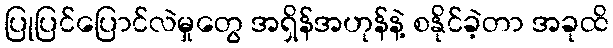
ပြုပြင်ပြောင်လဲမှုတွေ အရှိန်အဟုန်နဲ့ စနိုင်ခဲ့တာ အခုထိ